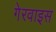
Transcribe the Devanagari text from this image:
गेरवाइस